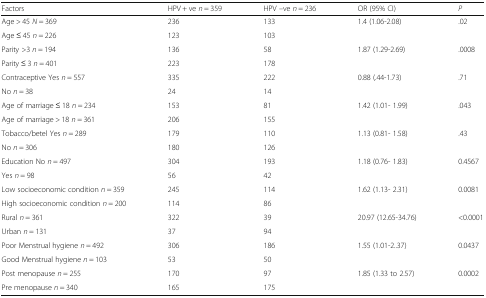
<table><thead><tr><td><b>Factors</b></td><td><b>HPV + ve <i>n</i> = 359</b></td><td><b>HPV –ve <i>n</i> = 236</b></td><td><b>OR (95% CI)</b></td><td><b><i>P</i></b></td></tr></thead><tbody><tr><td>Age &gt; 45 <i>N</i> = 369</td><td>236</td><td>133</td><td>1.4 (1.06-2.08)</td><td>.02</td></tr><tr><td>Age ≤ 45 <i>n</i> = 226</td><td>123</td><td>103</td><td></td><td></td></tr><tr><td>Parity &gt;3 <i>n</i> = 194</td><td>136</td><td>58</td><td>1.87 (1.29-2.69)</td><td>.0008</td></tr><tr><td>Parity ≤ 3 <i>n</i> = 401</td><td>223</td><td>178</td><td></td><td></td></tr><tr><td>Contraceptive Yes <i>n</i> = 557</td><td>335</td><td>222</td><td>0.88 (.44-1.73)</td><td>.71</td></tr><tr><td>No <i>n</i> = 38</td><td>24</td><td>14</td><td></td><td></td></tr><tr><td>Age of marriage ≤ 18 <i>n</i> = 234</td><td>153</td><td>81</td><td>1.42 (1.01- 1.99)</td><td>.043</td></tr><tr><td>Age of marriage &gt; 18 <i>n</i> = 361</td><td>206</td><td>155</td><td></td><td></td></tr><tr><td>Tobacco/betel Yes <i>n</i> = 289</td><td>179</td><td>110</td><td>1.13 (0.81- 1.58)</td><td>.43</td></tr><tr><td>No <i>n</i> = 306</td><td>180</td><td>126</td><td></td><td></td></tr><tr><td>Education No <i>n</i> = 497</td><td>304</td><td>193</td><td>1.18 (0.76- 1.83)</td><td>0.4567</td></tr><tr><td>Yes <i>n</i> = 98</td><td>56</td><td>42</td><td></td><td></td></tr><tr><td>Low socioeconomic condition <i>n</i> = 359</td><td>245</td><td>114</td><td>1.62 (1.13- 2.31)</td><td>0.0081</td></tr><tr><td>High socioeconomic condition <i>n</i> = 200</td><td>114</td><td>86</td><td></td><td></td></tr><tr><td>Rural <i>n</i> = 361</td><td>322</td><td>39</td><td>20.97 (12.65-34.76)</td><td>&lt;0.0001</td></tr><tr><td>Urban <i>n</i> = 131</td><td>37</td><td>94</td><td></td><td></td></tr><tr><td>Poor Menstrual hygiene <i>n</i> = 492</td><td>306</td><td>186</td><td>1.55 (1.01-2..37)</td><td>0.0437</td></tr><tr><td>Good Menstrual hygiene <i>n</i> = 103</td><td>53</td><td>50</td><td></td><td></td></tr><tr><td>Post menopause <i>n</i> = 255</td><td>170</td><td>97</td><td>1.85 (1.33 to 2.57)</td><td>0.0002</td></tr><tr><td>Pre menopause <i>n</i> = 340</td><td>165</td><td>175</td><td></td><td></td></tr></tbody></table>